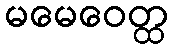
မမေဝေတ္ထ